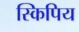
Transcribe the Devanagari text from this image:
स्किपिय